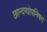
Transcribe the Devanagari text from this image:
छान्दग्योपनिषद